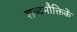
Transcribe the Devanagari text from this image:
शब्दमौक्तिकें